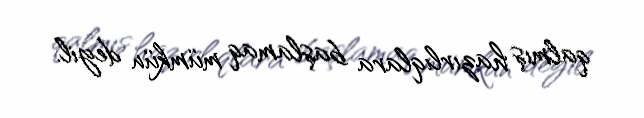
qalmış hazırlıqlara başlamaq mümkün deyil.